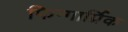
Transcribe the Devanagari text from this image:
फिन्गार्प्रिक